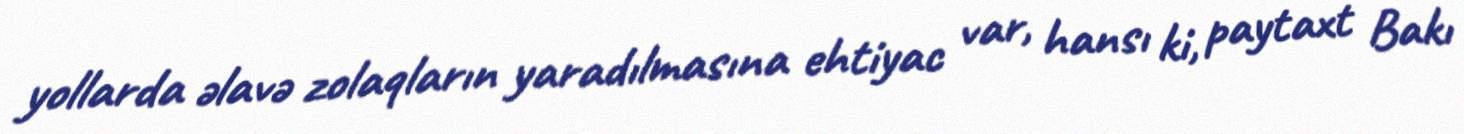
yollarda əlavə zolaqların yaradılmasına ehtiyac var, hansı ki, paytaxt Bakı